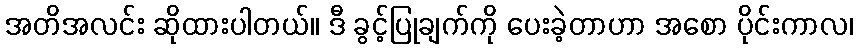
အတိအလင်း ဆိုထားပါတယ်။ ဒီ ခွင့်ပြုချက်ကို ပေးခဲ့တာဟာ အစော ပိုင်းကာလ၊